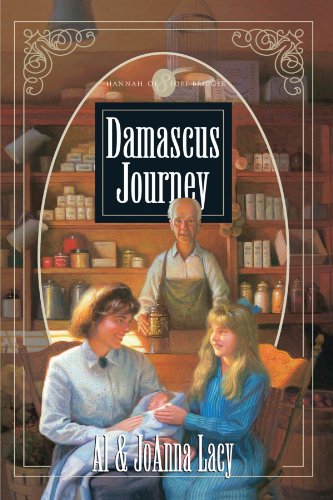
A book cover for Damascus Journey (Hannah of Fort Bridger Series #8); Al & Joanna Lacy; Religion & Spirituality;